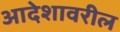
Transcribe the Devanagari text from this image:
आदेशावरील